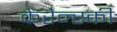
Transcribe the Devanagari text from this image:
केरेन्स्की